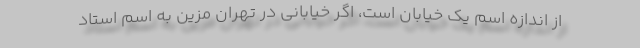
از اندازه اسم یک خیابان است، اگر خیابانی در تهران مزین به اسم استاد